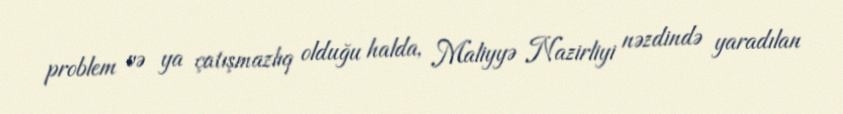
problem və ya çatışmazlıq olduğu halda, Maliyyə Nazirliyi nəzdində yaradılan